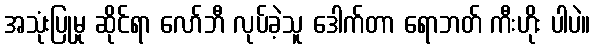
အသုံးပြုမှု ဆိုင်ရာ လော်ဘီ လုပ်ခဲ့သူ ဒေါက်တာ ရောဘတ် ကီးဟိုး ပါပဲ။